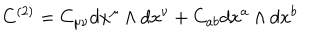
C ^ { ( 2 ) } = C _ { \mu \nu } d x ^ { \mu } \wedge d x ^ { \nu } + C _ { a b } d x ^ { a } \wedge d x ^ { b }